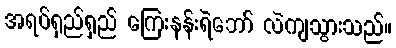
အရပ်ရှည်ရှည် ကြေးနန်းရဲဘော် လဲကျသွားသည်။